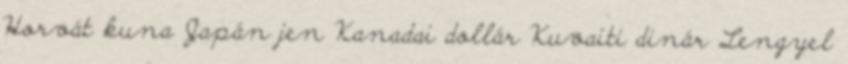
Horvát kuna Japán jen Kanadai dollár Kuvaiti dinár Lengyel